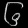
Digit: ၆